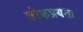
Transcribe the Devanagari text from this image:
लोकप्रयता